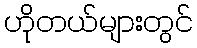
ဟိုတယ်များတွင်